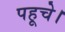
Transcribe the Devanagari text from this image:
पहूचे।